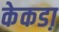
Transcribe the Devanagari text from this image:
केकडा़